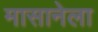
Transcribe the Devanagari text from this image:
मासानेला